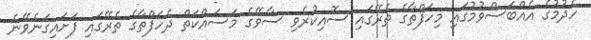
ހެދުމުގެ އެއްބަސްވުމުގައި މިހަފްތާގެ ތެރޭގައި ސޮއިކުރެވި ސާވޭގެ މަސައްކަތް ދެހަފްތާގެ ތެރޭގައި ފަށައިގަނެވޭނެ